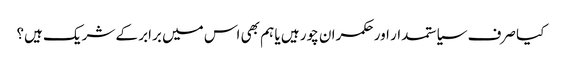
کیا صرف سیاستمدار اور حکمران چور ہیں یا ہم بھی اس میں برابر کے شریک ہیں؟